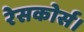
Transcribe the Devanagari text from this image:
रेसकोर्स।